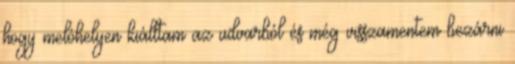
hogy melóhelyen kiálltam az udvarból és még visszamentem bezárni